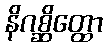
နိဂစ္ဆိတ္ထော